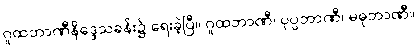
ဂူထဘာဏီနိဒ္ဒေသခန်း၌ ရေးခဲ့ပြီ။ ဂူထဘာဏီ၊ ပုပ္ပဘာဏီ၊ မဓုဘာဏီ။